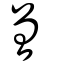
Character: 曾